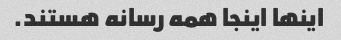
اینها اینجا همه رسانه هستند.